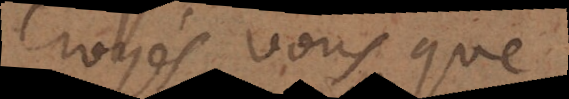
croyés vous que